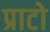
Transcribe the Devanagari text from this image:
प्राटो